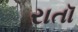
રાતૉ